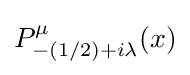
P_{-(1/2)+i\lambda }^{\mu }(x)